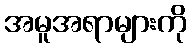
အမူအရာများကို